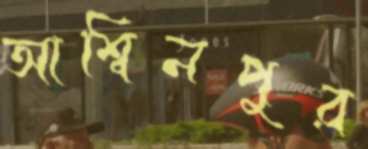
আশ্বিনপুর